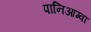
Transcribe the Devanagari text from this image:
पानिआग्वा